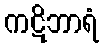
ကဋိဘာရံ